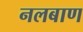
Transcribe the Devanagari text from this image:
नलबाण